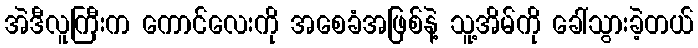
အဲဒီလူကြီးက ကောင်လေးကို အစေခံအဖြစ်နဲ့ သူ့အိမ်ကို ခေါ်သွားခဲ့တယ်